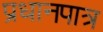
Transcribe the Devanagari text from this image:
प्रधानपात्र